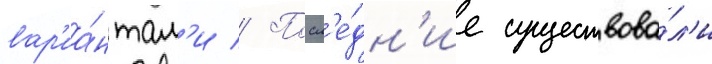
вар'иа́нтам'и // Посл'е́дн'ие существова́л'и